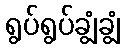
ရွပ်ရွပ်ချွံချွံ